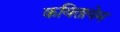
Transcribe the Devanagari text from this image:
कवितायेम